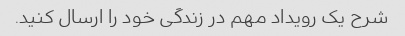
شرح یک رویداد مهم در زندگی خود را ارسال کنید.